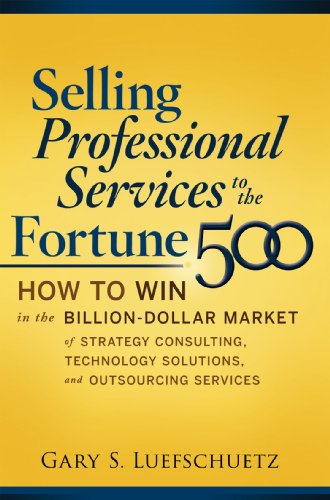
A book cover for Selling Professional Services to the Fortune 500: How to Win in the Billion-Dollar Market of Strategy Consulting, Technology Solutions, and Outsourcing Services; Gary S. Luefschuetz; Business & Money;